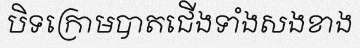
បិទក្រោមបាតជើងទាំងសងខាង